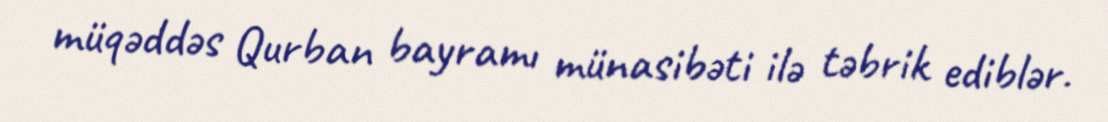
müqəddəs Qurban bayramı münasibəti ilə təbrik ediblər.